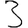
Digit: 3